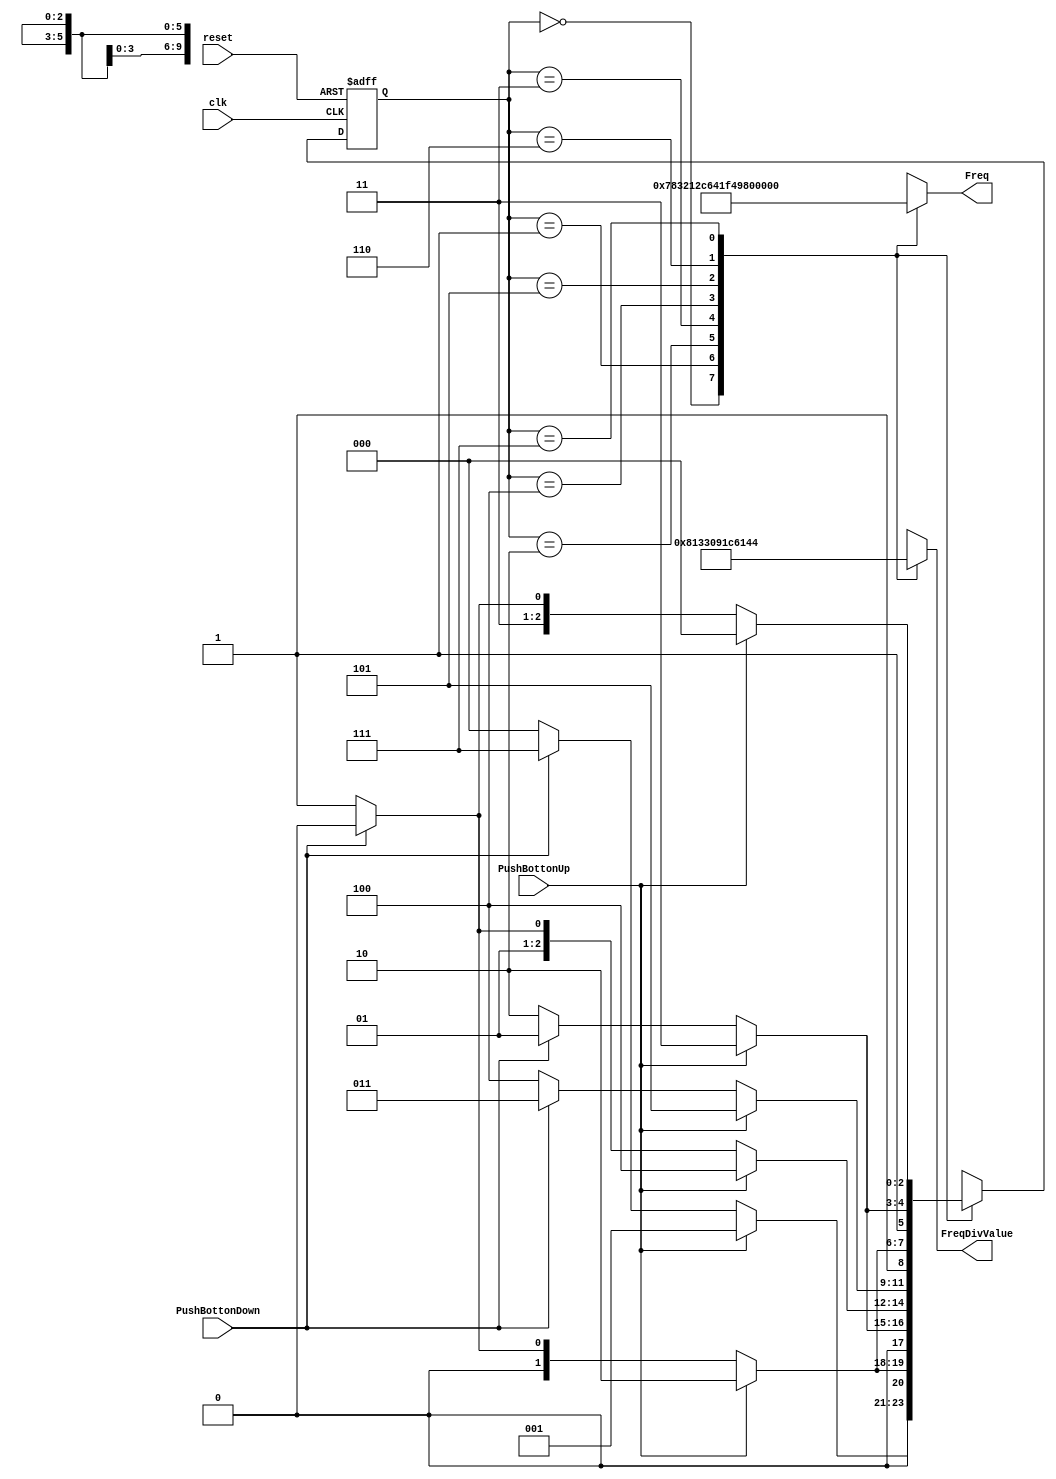
`timescale 1ns / 1ps
//////////////////////////////////////////////////////////////////////////////////
// Company: 
// Engineer: 
// 
// Design Name: 
// Module Name:    MaquinaDivisor 
// Project Name: 
// Target Devices: 
// Tool versions: 
// Description: 
//
// Dependencies: 
//
// Revision: 
// Revision 0.01 - File Created
// Additional Comments: 
//
//////////////////////////////////////////////////////////////////////////////////
module MaquinaDivisor2(

	 input wire clk,reset,
	 input wire PushBottonUp, PushBottonDown,
	 output reg [5:0] FreqDivValue = 6'd0,
	 output reg [9:0] Freq = 10'd0
);

// Asignacin de estados
localparam [2:0]

TREINTA=3'b000,
CINCUENTA=3'b001,
SETENTAYCINCO=3'b010,
CIEN=3'b011,
CIENTOVEINTICINCO=3'b100,
CIENTOCINCUENTA=3'b101,
CIENTOSETENTAYCINCO=3'b110,
DOSCIENTOS=3'b111;


// Asignacin de los cambios de estado
reg[2:0] ESTADO_PRESENTE = 3'd0;
reg[2:0] ESTADO_PROXIMO = 3'd0;

//Funcionamiento de la parte secuencial de la mquina de estados
always@(posedge clk ,posedge reset)

     if(reset)
	        ESTADO_PRESENTE<=TREINTA;
	  else
	        ESTADO_PRESENTE<=ESTADO_PROXIMO;			


//Parte combinacional de Cambio de estado 
/* Asignacin de salidas, es una declaracin de cuanto
	debe ser el factor a dividir para lograr una frecuencia en especifico.
	Ms adelante se debe restar un uno ya que lee desde el cero, adems de
	que este ser el que pase al siguiente modulo*/

always@*

	begin
		ESTADO_PROXIMO = 3'd0;
		FreqDivValue = 6'd0;
		case(ESTADO_PRESENTE)
	
			TREINTA:
				begin
					Freq=10'b0000011110;
					FreqDivValue = 6'd32;
					if(PushBottonUp)
						ESTADO_PROXIMO = CINCUENTA;
					else if(PushBottonDown)
						ESTADO_PROXIMO = DOSCIENTOS;
					else
						ESTADO_PROXIMO = TREINTA;
				end	
			CINCUENTA:
				begin
					Freq=10'b0000110010;
					FreqDivValue = 6'd19;
					if(PushBottonUp)
						ESTADO_PROXIMO = SETENTAYCINCO;
					else if(PushBottonDown)
						ESTADO_PROXIMO = TREINTA;
					else
						ESTADO_PROXIMO = CINCUENTA;
				end
			SETENTAYCINCO:
				begin
					Freq=10'b0001001011;
					FreqDivValue = 6'd12; 
					if(PushBottonUp)
						ESTADO_PROXIMO = CIEN;
					else if(PushBottonDown)
						ESTADO_PROXIMO = CINCUENTA;
					else
						ESTADO_PROXIMO = SETENTAYCINCO;
				end
			CIEN:
				begin
					Freq=10'b0001100100;
					FreqDivValue = 6'd9;			
					if(PushBottonUp)
						ESTADO_PROXIMO = CIENTOVEINTICINCO;	
					else if(PushBottonDown)
						ESTADO_PROXIMO = SETENTAYCINCO;
					else
						ESTADO_PROXIMO = CIEN;
				end		
			CIENTOVEINTICINCO:
				begin	
					Freq=10'b0001111101;
					FreqDivValue = 6'd7; 	
					if(PushBottonUp)
						ESTADO_PROXIMO = CIENTOCINCUENTA;	
					else if(PushBottonDown)
						ESTADO_PROXIMO = CIEN;
					else
						ESTADO_PROXIMO = CIENTOVEINTICINCO;
				end
			CIENTOCINCUENTA:
				begin
					Freq=10'b0010010110;
					FreqDivValue = 6'd6;		
					if(PushBottonUp)
						ESTADO_PROXIMO = CIENTOSETENTAYCINCO;	
					else if(PushBottonDown)
						ESTADO_PROXIMO = CIENTOVEINTICINCO;
					else
						ESTADO_PROXIMO = CIENTOCINCUENTA;
				end
			CIENTOSETENTAYCINCO:
				begin	
					Freq=10'b0010101111;
					FreqDivValue = 6'd5;
					if(PushBottonUp)
						ESTADO_PROXIMO = DOSCIENTOS;	
					else if(PushBottonDown)
						ESTADO_PROXIMO = CIENTOCINCUENTA;
					else
						ESTADO_PROXIMO = CIENTOSETENTAYCINCO;
				end
			DOSCIENTOS:
				begin
					Freq=10'b0011001000;
					FreqDivValue = 6'd4; 		
					if(PushBottonUp)
						ESTADO_PROXIMO = TREINTA;
					else if(PushBottonDown)
						ESTADO_PROXIMO = CIENTOSETENTAYCINCO;
					else
						ESTADO_PROXIMO = DOSCIENTOS;
				end
			default:
				begin
					Freq=10'b0000011110;
					FreqDivValue = 6'd32;
					ESTADO_PROXIMO = TREINTA;
				end
		
		endcase
	end	

endmodule